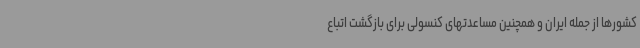
کشورها از جمله ایران و همچنین مساعدتهای کنسولی برای بازگشت اتباع